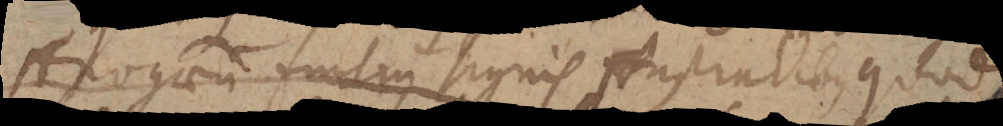
Apogaeum fuit in signis Australibus quod